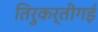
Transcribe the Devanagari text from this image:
तिरुकर्तीगई